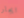
ايجار